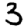
Digit: 3